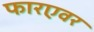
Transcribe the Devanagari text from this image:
फारएवर